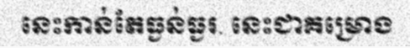
នេះកាន់តែធ្ងន់ធ្ងរ. នេះជាគម្រោង